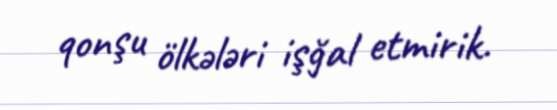
qonşu ölkələri işğal etmirik.